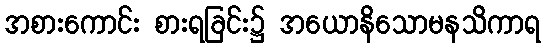
အစားကောင်း စားရခြင်း၌ အယောနိသောမနသိကာရ